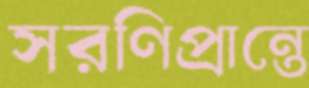
সরণিপ্রান্তে